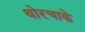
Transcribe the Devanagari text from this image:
थोरचाके